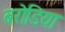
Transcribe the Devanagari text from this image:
बरोडिया